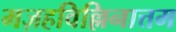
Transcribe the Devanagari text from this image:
मज़हविल्लिनात्तम